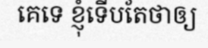
គេទេ ខ្ញុំទើបតែថាឲ្យ